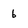
Character: 6